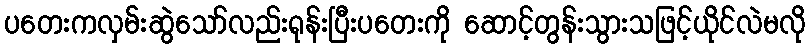
ပတေးကလှမ်းဆွဲသော်လည်းရုန်းပြီးပတေးကို ဆောင့်တွန်းသွားသဖြင့်ယိုင်လဲမလို